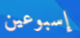
إسبوعين